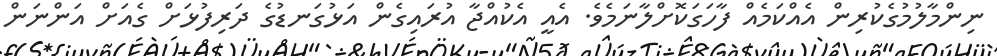
ނިންމާލުމުގެކުރިން އެއްކަމެއް ފާހަގަކޮށްލާނަމެވެ. އެއީ އެކުއްޖާ އުރައިގެން އަޅުގަނޑުގެ ދަރިފުޅަށް ގެއަށް އަންނަން